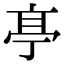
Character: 𠅘